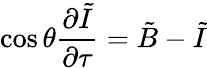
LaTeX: \cos\theta\frac{\partial\tilde{I}}{\partial\tau}=\tilde{B}-\tilde{I}